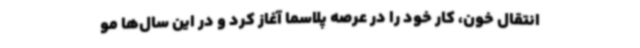
انتقال خون، کار خود را در عرصه پلاسما آغاز کرد و در این سال‌ها مو